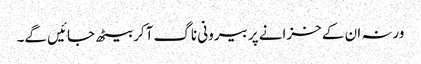
ورنہ ان کے خزانے پر بیرونی ناگ آکر بیٹھ جائیں گے۔